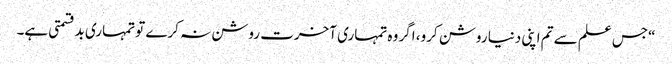
“جس علم سے تم اپنی دنیا روشن کرو، اگر وہ تمہاری آخرت روشن نہ کرے تو تمہاری بدقسمتی ہے۔